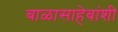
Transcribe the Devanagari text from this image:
बाळासाहेबांशी